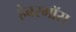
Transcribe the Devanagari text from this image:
हेबरमॉस